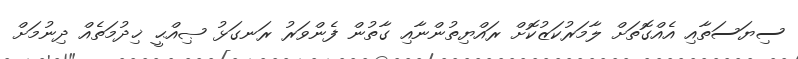
ސިޔަސަތާއި އެއްގޮތަށް ލާމަރުކަޒުކޮށް ރައްޔިތުންނާއި ގާތުން ފެންވަރު ރަނގަޅު ޞިއްޙީ ޚިދުމަތެއް ދިނުމަށް